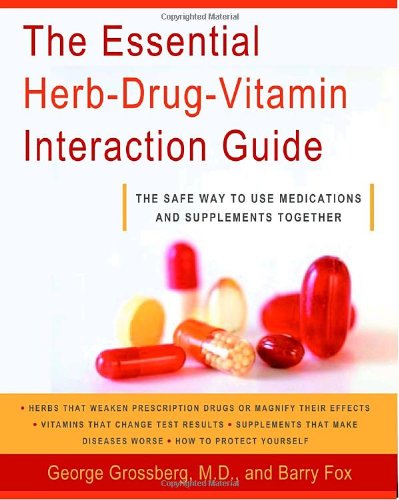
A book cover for The Essential Herb-Drug-Vitamin Interaction Guide: The Safe Way to Use Medications and Supplements Together; George T. Grossberg M.D.; Health, Fitness & Dieting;